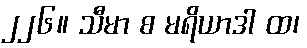
၂၂၆။ သီမာ စ မရိယာဒါ ထ၊